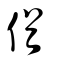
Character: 偤